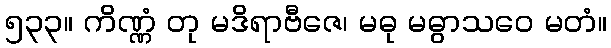
၅၃၃။ ကိဏ္ဏံ တု မဒိရာဗီဇေ၊ မဓု မဓွာသဝေ မတံ။